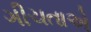
ગીચતાએ